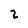
Character: 2